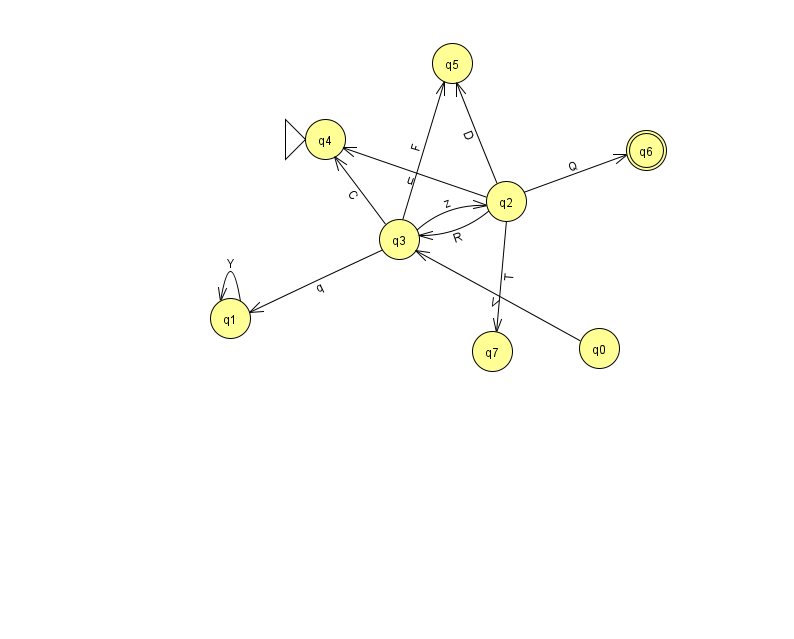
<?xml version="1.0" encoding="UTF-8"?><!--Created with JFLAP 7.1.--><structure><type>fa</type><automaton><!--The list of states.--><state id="0" name="q0"><x>599.0</x><y>335.0</y></state><state id="1" name="q1"><x>230.0</x><y>305.0</y></state><state id="2" name="q2"><x>506.0</x><y>188.0</y></state><state id="3" name="q3"><x>399.0</x><y>226.0</y></state><state id="4" name="q4"><x>325.0</x><y>126.0</y><initial/></state><state id="5" name="q5"><x>452.0</x><y>50.0</y></state><state id="6" name="q6"><x>646.0</x><y>137.0</y><final/></state><state id="7" name="q7"><x>492.0</x><y>338.0</y></state><!--The list of transitions.--><transition><from>3</from><to>2</to><read>z</read></transition><transition><from>2</from><to>7</to><read>T</read></transition><transition><from>3</from><to>5</to><read>F</read></transition><transition><from>0</from><to>3</to><read>V</read></transition><transition><from>2</from><to>6</to><read>Q</read></transition><transition><from>3</from><to>4</to><read>C</read></transition><transition><from>1</from><to>1</to><read>Y</read></transition><transition><from>2</from><to>3</to><read>R</read></transition><transition><from>2</from><to>4</to><read>u</read></transition><transition><from>2</from><to>5</to><read>D</read></transition><transition><from>3</from><to>1</to><read>q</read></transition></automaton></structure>